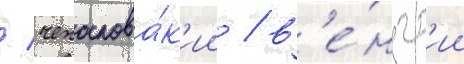
/ чехослова́к'ии / в'е́нгр'ии